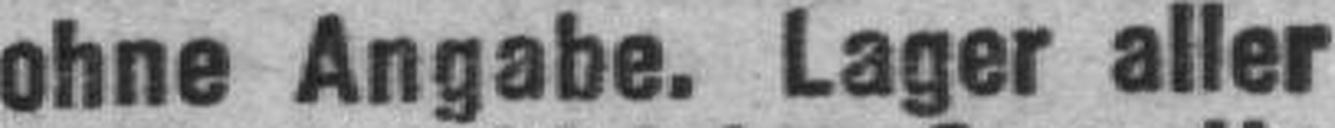
ohne Angabe. Lager aller